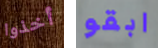
أخذوا ابقو